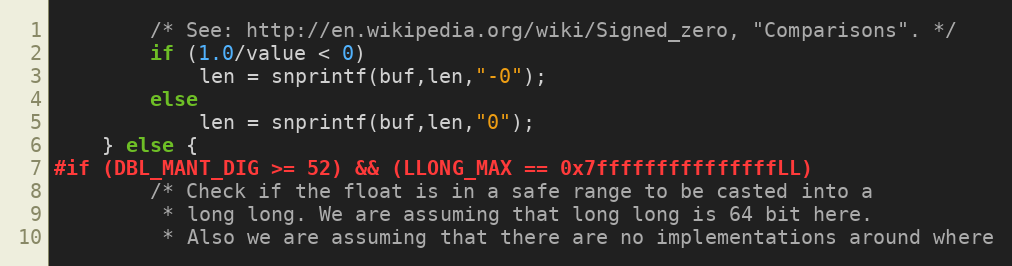
Language: C
        /* See: http://en.wikipedia.org/wiki/Signed_zero, "Comparisons". */
        if (1.0/value < 0)
            len = snprintf(buf,len,"-0");
        else
            len = snprintf(buf,len,"0");
    } else {
#if (DBL_MANT_DIG >= 52) && (LLONG_MAX == 0x7fffffffffffffffLL)
        /* Check if the float is in a safe range to be casted into a
         * long long. We are assuming that long long is 64 bit here.
         * Also we are assuming that there are no implementations around where